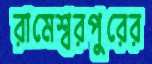
রামেশ্বরপুরের